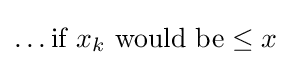
\dots {\text{if }}x_{k}{\text{ would be}}\leq x